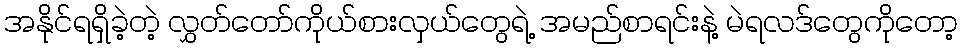
အနိုင်ရရှိခဲ့တဲ့ လွှတ်တော်ကိုယ်စားလှယ်တွေရဲ့ အမည်စာရင်းနဲ့ မဲရလဒ်တွေကိုတော့